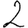
Digit: 2